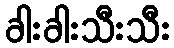
ခါးခါးသီးသီး